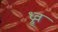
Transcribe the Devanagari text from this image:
ध्र्रूव